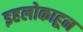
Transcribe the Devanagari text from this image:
इहलोकाहून